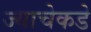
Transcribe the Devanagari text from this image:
ज्याचेकडे